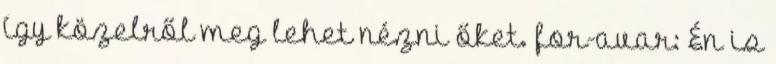
így közelről meg lehet nézni őket. for-avar: Én is